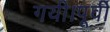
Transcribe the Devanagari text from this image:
गयी।पूर्वी